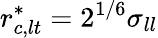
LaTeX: r_{c,lt}^{*}=2^{1/6}\sigma_{ll}